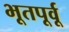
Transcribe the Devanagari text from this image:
भूतपूर्वू